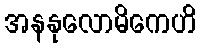
အနနုလောမိကေဟိ